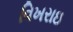
વિખરાઇ